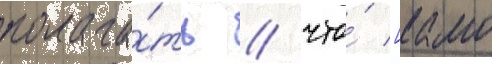
полага́ть / что́ [камо